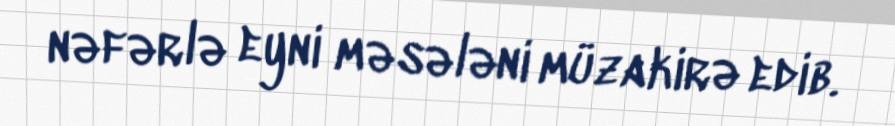
nəfərlə eyni məsələni müzakirə edib.